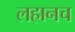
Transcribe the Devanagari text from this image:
लहानच